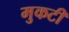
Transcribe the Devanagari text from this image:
मुकटी